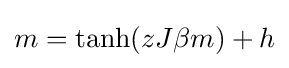
m={\text{tanh}}(zJ\beta m)+h